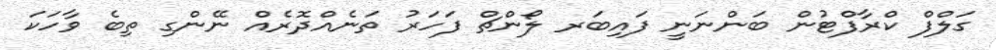
ގަލްފް ކްރާފްޓުން ބަންނަނީ ފައިބަރ ލޯންޗް ފަހަރު ތަނެއްދޮރެއް ނޭންގި ތިބެ ވާހަކަ